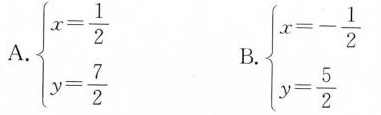
A.\begin {cases}